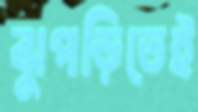
ঝুপড়িতেই